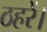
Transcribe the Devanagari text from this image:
ठहरें।